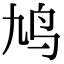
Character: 鸠